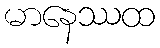
မာနေဿထ